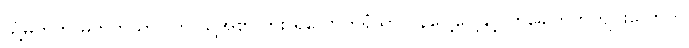
သို့မဟုတ် မတတ်သာပါက သူ့အစာ ဘိုး ရလောက်ရုံသာ ဝန်ပေါ့ပေါ့နှင့် တခေါက်တကျင်းလောက်